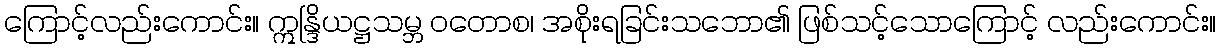
ကြောင့်လည်းကောင်း။ ဣန္ဒြိယဋ္ဌသမ္ဘ ဝတောစ၊ အစိုးရခြင်းသဘော၏ ဖြစ်သင့်သောကြောင့် လည်းကောင်း။